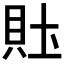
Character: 𰶴